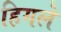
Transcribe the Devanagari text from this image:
हिगले